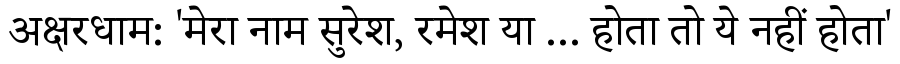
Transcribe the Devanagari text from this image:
अक्षरधाम: 'मेरा नाम सुरेश, रमेश या ... होता तो ये नहीं होता'